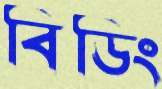
বিডিং